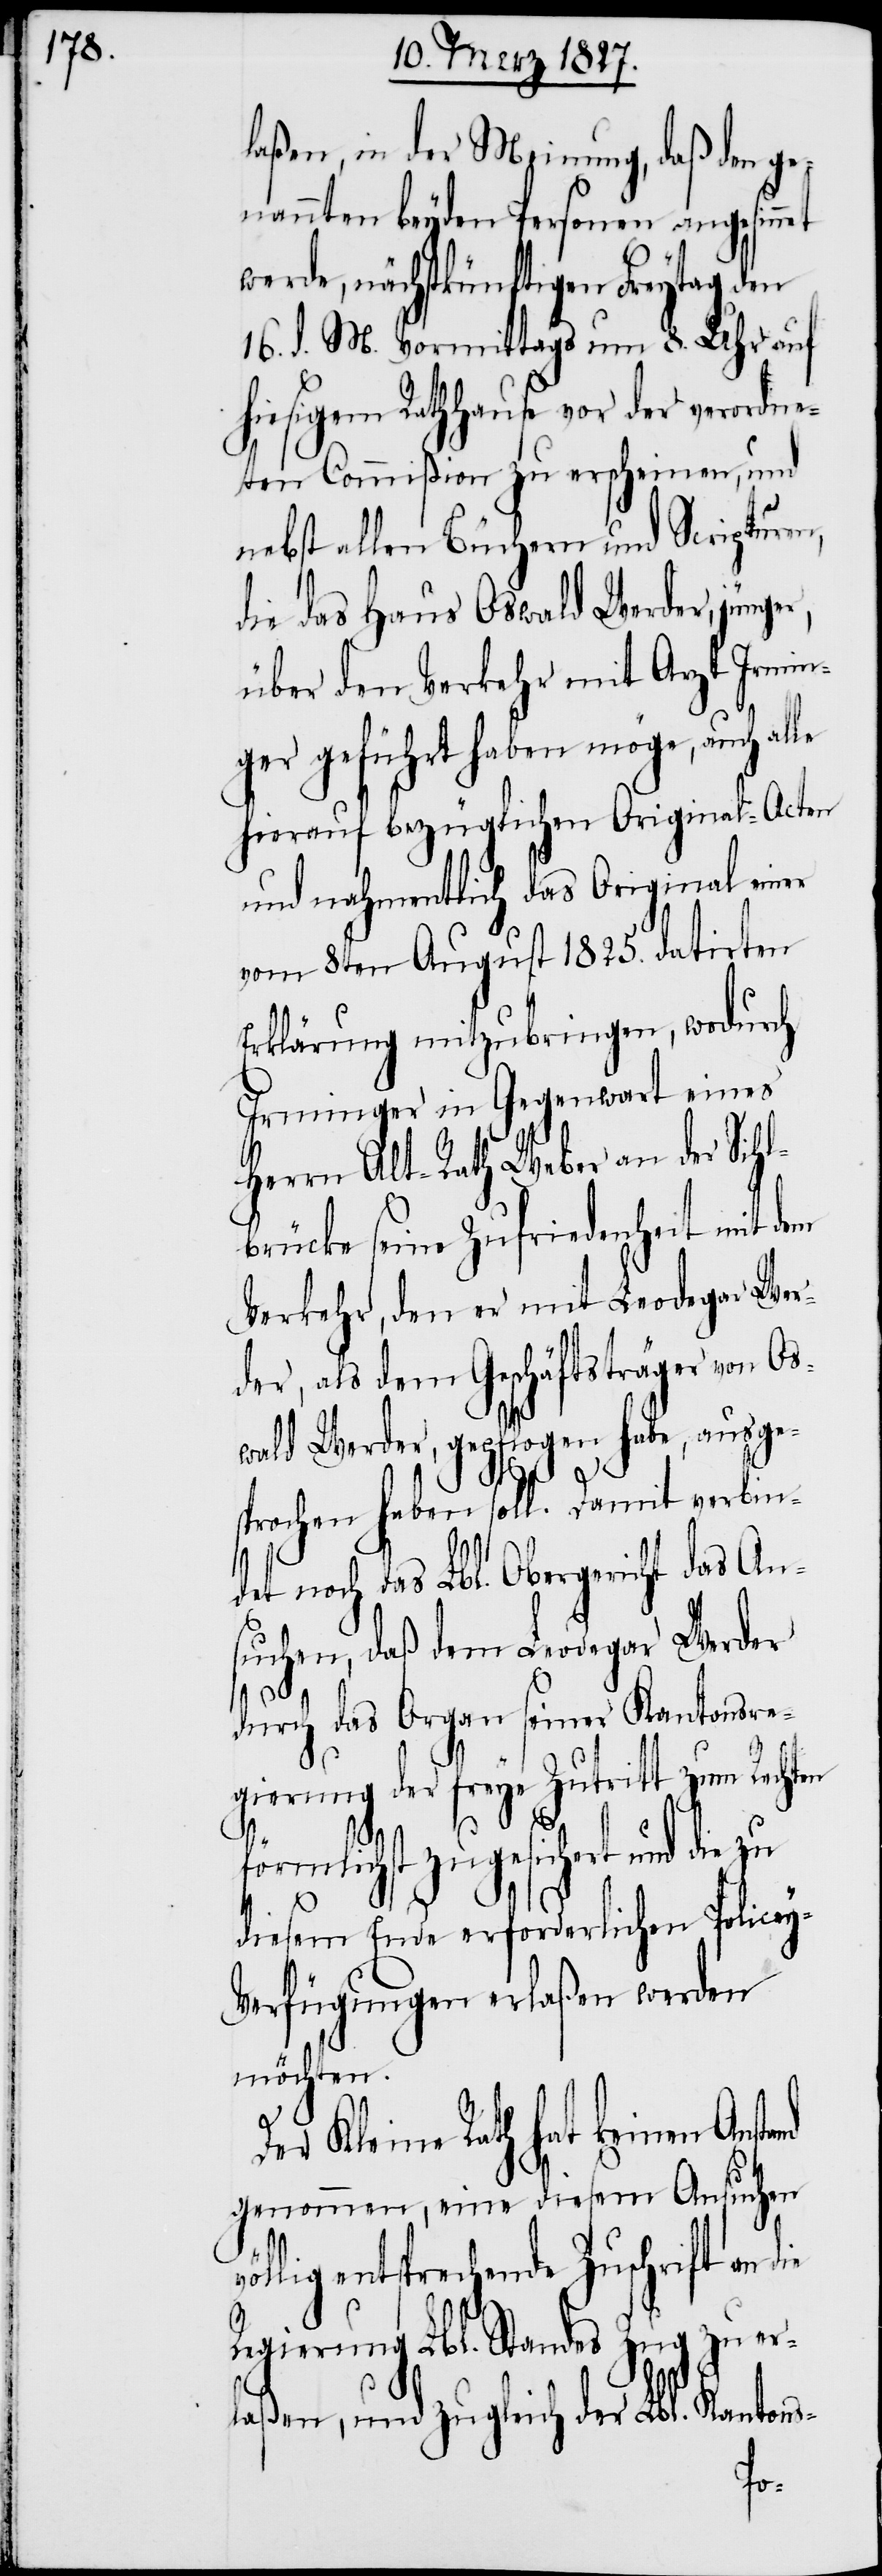
laßen, in der Meinung, daß den ge¬
nannten beyden Personen angesin¬
werde, nächstkünftigen Freytag den
16. d. M. Vormittags um 8. Uhr auf
hiesigem Rathhause vor der verordne¬
ten Commißion zu erscheinen, und
nebst allen Büchern und Scripturen,
die das Haus Oswald Werder, jünge¬
über den Verkehr mit Arzt Irmin¬
ger geführt haben möge, auch al¬
hierauf bezüglichen Original-Acten
und nahmentlich das Original einer
vom 8ten August 1825. datirten
Erklärung mitzubringen, wodurch
Irminger in Gegenwart eines
Herrn Alt-Rath Weber an der Sihl¬
brücke seine Zufriedenheit mit dem
Verkehr, den er mit Leodegar Wer¬
der, als dem Geschäftsträger von Os¬
wald Werder, gepflogen habe, ausge¬
sprochen haben soll. Damit verbin¬
det noch das Lbl. Obergericht das An¬
suchen, daß dem Leodegar Werder
nd
durch das Organ seiner Kantonsre¬
gierung der freye Zutritt zum Rechten
förmlichst zugesichert und die
diesem Ende erforderlichen Police¬
erfügungen erlaßen werden
möchten.
er Kleine Rath hat keinen Ansta¬
genommen, eine diesem Ansuchen
lig entsprechende Zuschrift an
Regierung Lbl. Standes Zug zu er¬
laßen, und zugleich der Lbl. Kantons-
völ¬